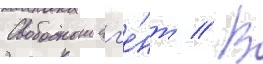
Свободныи аг'е́нт // В